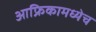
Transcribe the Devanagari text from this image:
आफ्रिकामध्येच